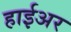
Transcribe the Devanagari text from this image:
हाईअर